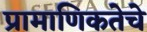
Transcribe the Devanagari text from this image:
प्रामाणिकतेचे